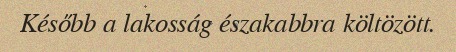
Később a lakosság északabbra költözött.